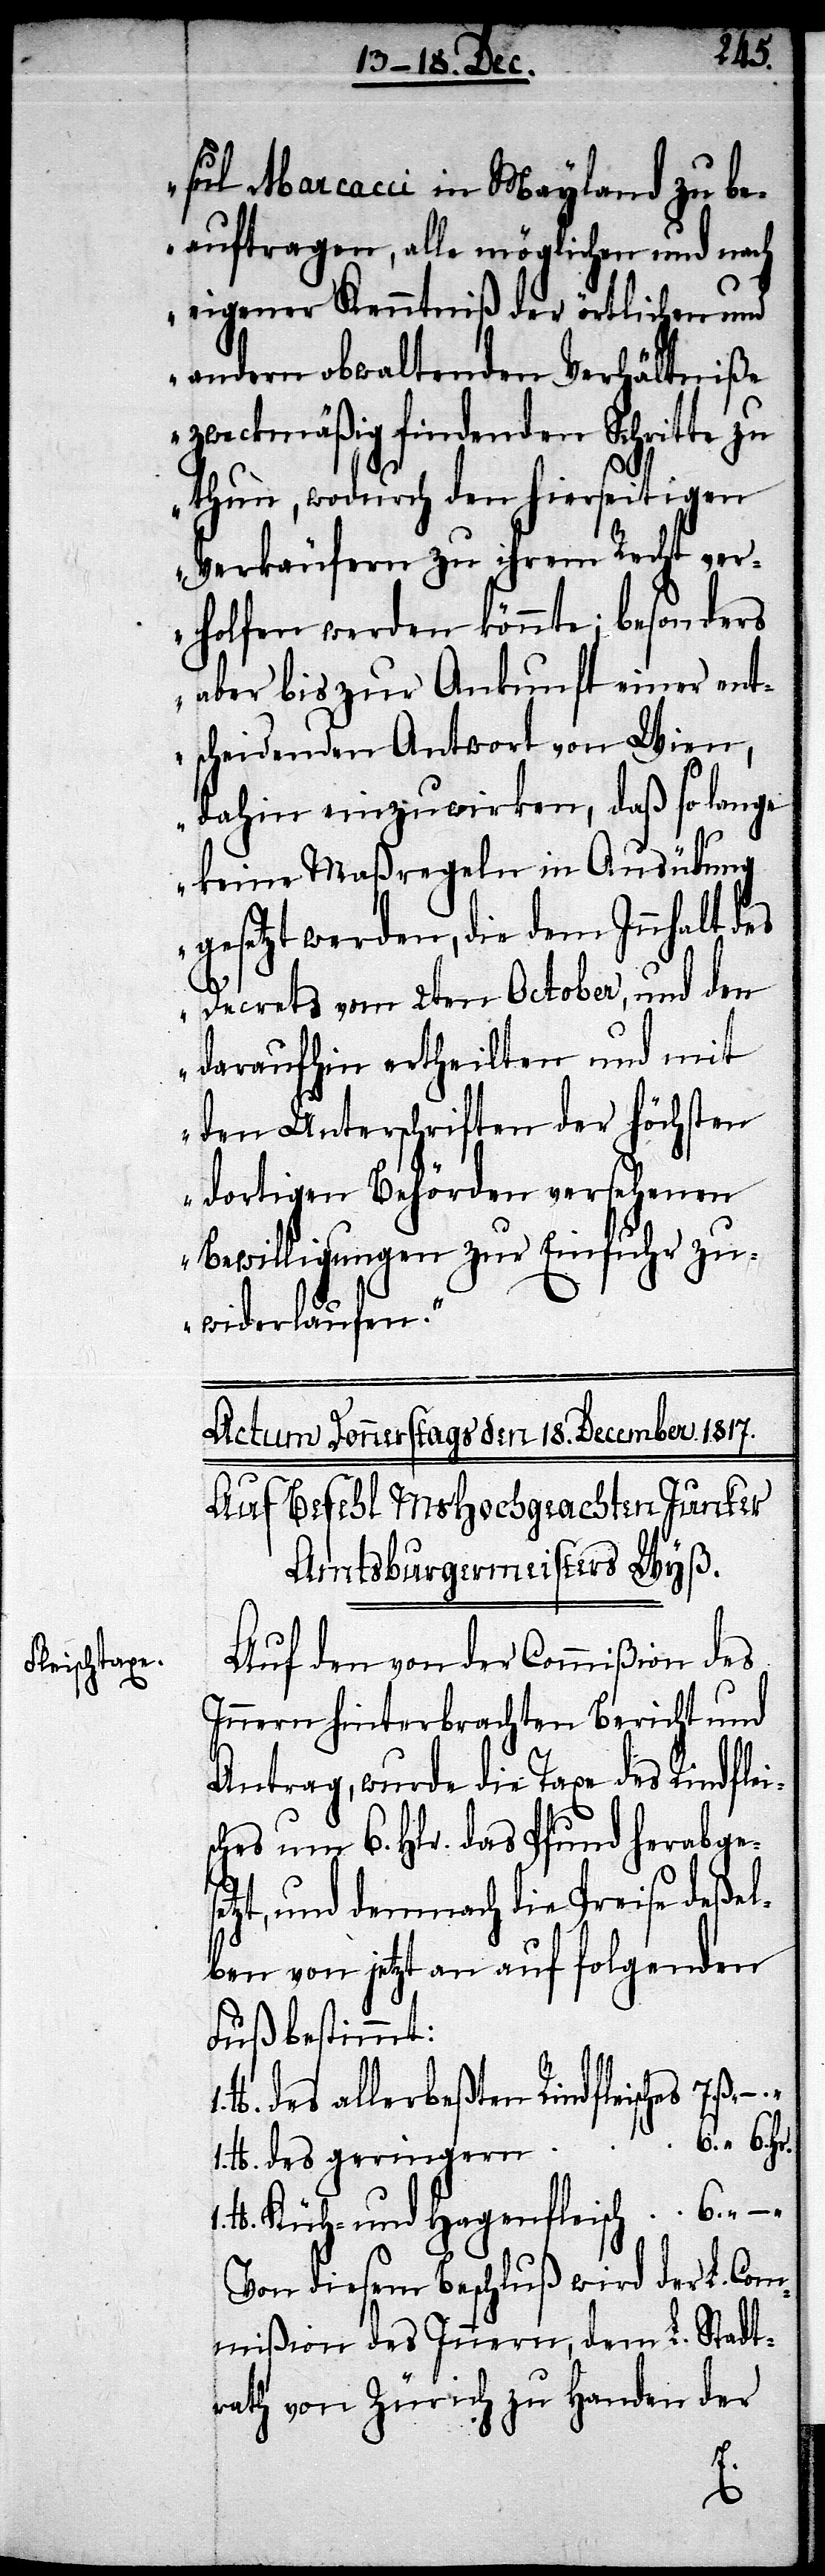
sul Marcacci in Mayland zu be¬
auftragen, alle möglichen und nach
eigener Kenntniß der örtlichen und
andern obwaltenden Verhältniße
mißion des Innern zu Handen der
thun, wodurch den hierseitigen
Verkäufen zu ihrem Recht ver¬
holfen werden könnte; besonders
aber bis zur Ankunft einer ent¬
scheidenden Antwort von Wien,
dahin einzuwirken, daß so lange
keine Maßregeln in Ausübung
gesetzt werden, die dem Innhalt des
Decrets vom 2ten October, und den
daraufhin ertheilten und mit
den Unterschriften der Höchsten
Bewilligungen zur Einfuhr zu¬
widerlaufen.“
Actum Donnerstags den 18. December 1817.
Auf Befehl MsHochgeachten Junker
Amtsburgermeister Wyß.
Auf den von der Commißion des
Innern hinterbrachten Bericht und
Antrag, wurde die Taxe des Rindfleis¬
ches um 6. Hlr. das Pfund herabgese¬
tzt, und demnach die Preise deßel¬
ben von jetzt an auf folgenden
Fuß bestimmt:
lb. des allerbeßten Rindfleisches
lb. des geringern “ 	6. “ 6. Hlr.
lb. Kuh- und Hagenfleisch 	6. “ –
Von diesem Beschluß wird der L. Com¬